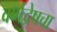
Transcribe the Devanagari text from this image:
वर्णद्वेषचा